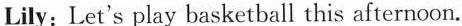
Lily: Let's play basketball this afternoon.